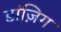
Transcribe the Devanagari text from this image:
डांज़िग